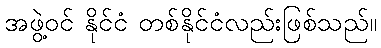
အဖွဲ့ဝင် နိုင်ငံ တစ်နိုင်ငံလည်းဖြစ်သည်။